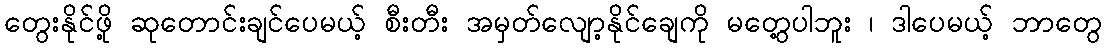
တွေးနိုင်ဖို့ ဆုတောင်းချင်ပေမယ့် စီးတီး အမှတ်လျော့နိုင်ချေကို မတွေ့ပါဘူး ၊ ဒါပေမယ့် ဘာတွေ